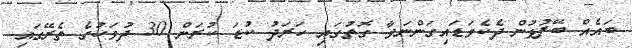
ބައެއް ބޭފުޅުން ދެކެވަޑައިގަންނަވާ ގޮތުގައި ހަރަދު ކުޑަ ކުރަން 30 ދުވަހުގެ ތެރޭގައި